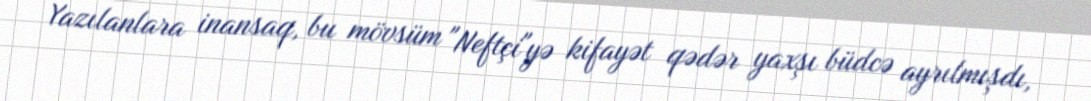
Yazılanlara inansaq, bu mövsüm "Neftçi"yə kifayət qədər yaxşı büdcə ayrılmışdı,